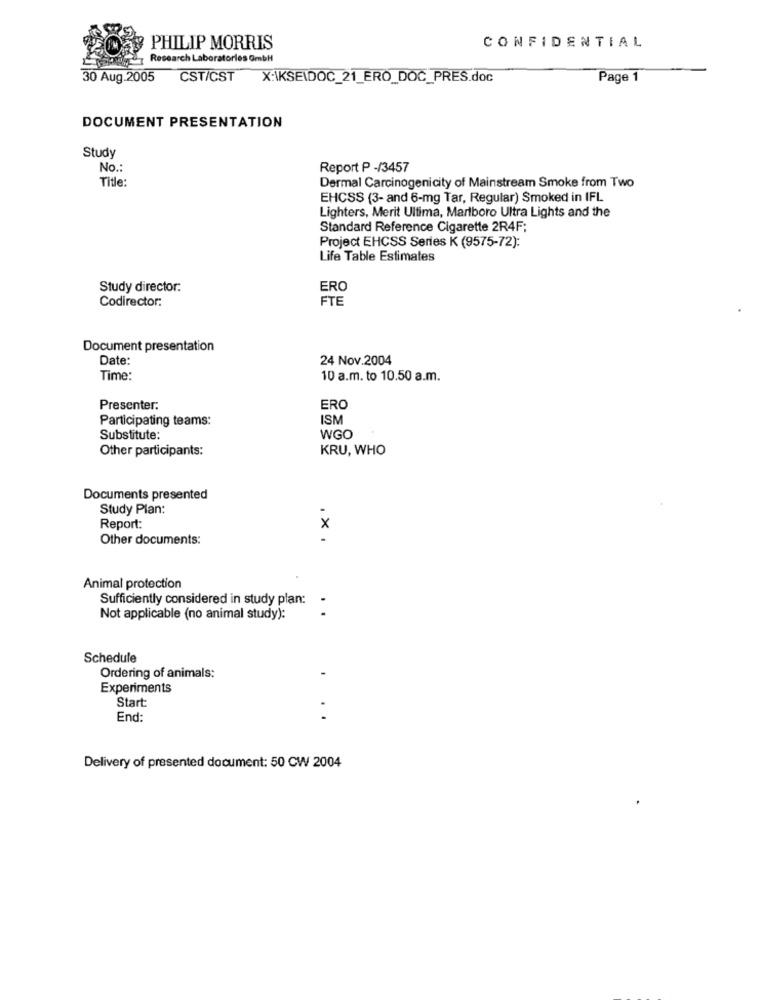
PHILIP MORRIS
CONFIDENTIAL
Research Laboratories GmbH
30 Aug.2005 CST/CST
X:\KSEIDOC_21_ERŐ_DOČ_PRES.doc
Page 1
DOCUMENT PRESENTATION
Study
No .:
Report P -/3457
Dermal Carcinogenicity of Mainstream Smoke from Two
Title:
EHCSS (3- and 6-mg Tar, Regular) Smoked in IFL
Lighters, Merit Ultima, Marlboro Ultra Lights and the
Standard Reference Cigarette 2R4F;
Project EHCSS Series K (9575-72):
Life Table Estimates
Study director:
ERO
Codirector:
FTE
Document presentation
Date:
24 Nov.2004
Time:
10 a.m. to 10.50 a.m.
Presenter:
ERO
Participating teams:
ISM
Substitute:
WGO
Other participants:
KRU, WHO
Documents presented
Study Plan:
Report:
x
Other documents:
Animal protection
Sufficiently considered in study plan:
.
Not applicable (no animal study):
Schedule
Ordering of animals:
Experiments
Start:
End:
Delivery of presented document: 50 CW 2004